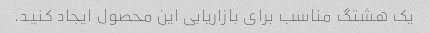
یک هشتگ مناسب برای بازاریابی این محصول ایجاد کنید.